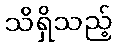
သိရှိသည့်